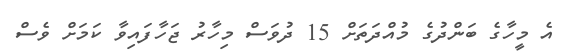
އެ މީހާގެ ބަންދުގެ މުއްދަތަށް 15 ދުވަސް މިހާރު ޖަހާފައިވާ ކަމަށް ވެސް